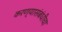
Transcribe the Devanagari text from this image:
करण्यासंबंधीचा